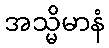
အသ္မိမာနံ